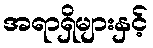
အရာရှိများနှင့်